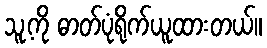
သူ့ကို ဓာတ်ပုံရိုက်ယူထားတယ်။